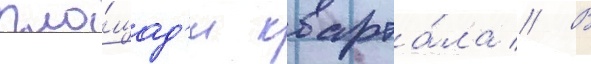
пло́щад'и кварта́ла // В